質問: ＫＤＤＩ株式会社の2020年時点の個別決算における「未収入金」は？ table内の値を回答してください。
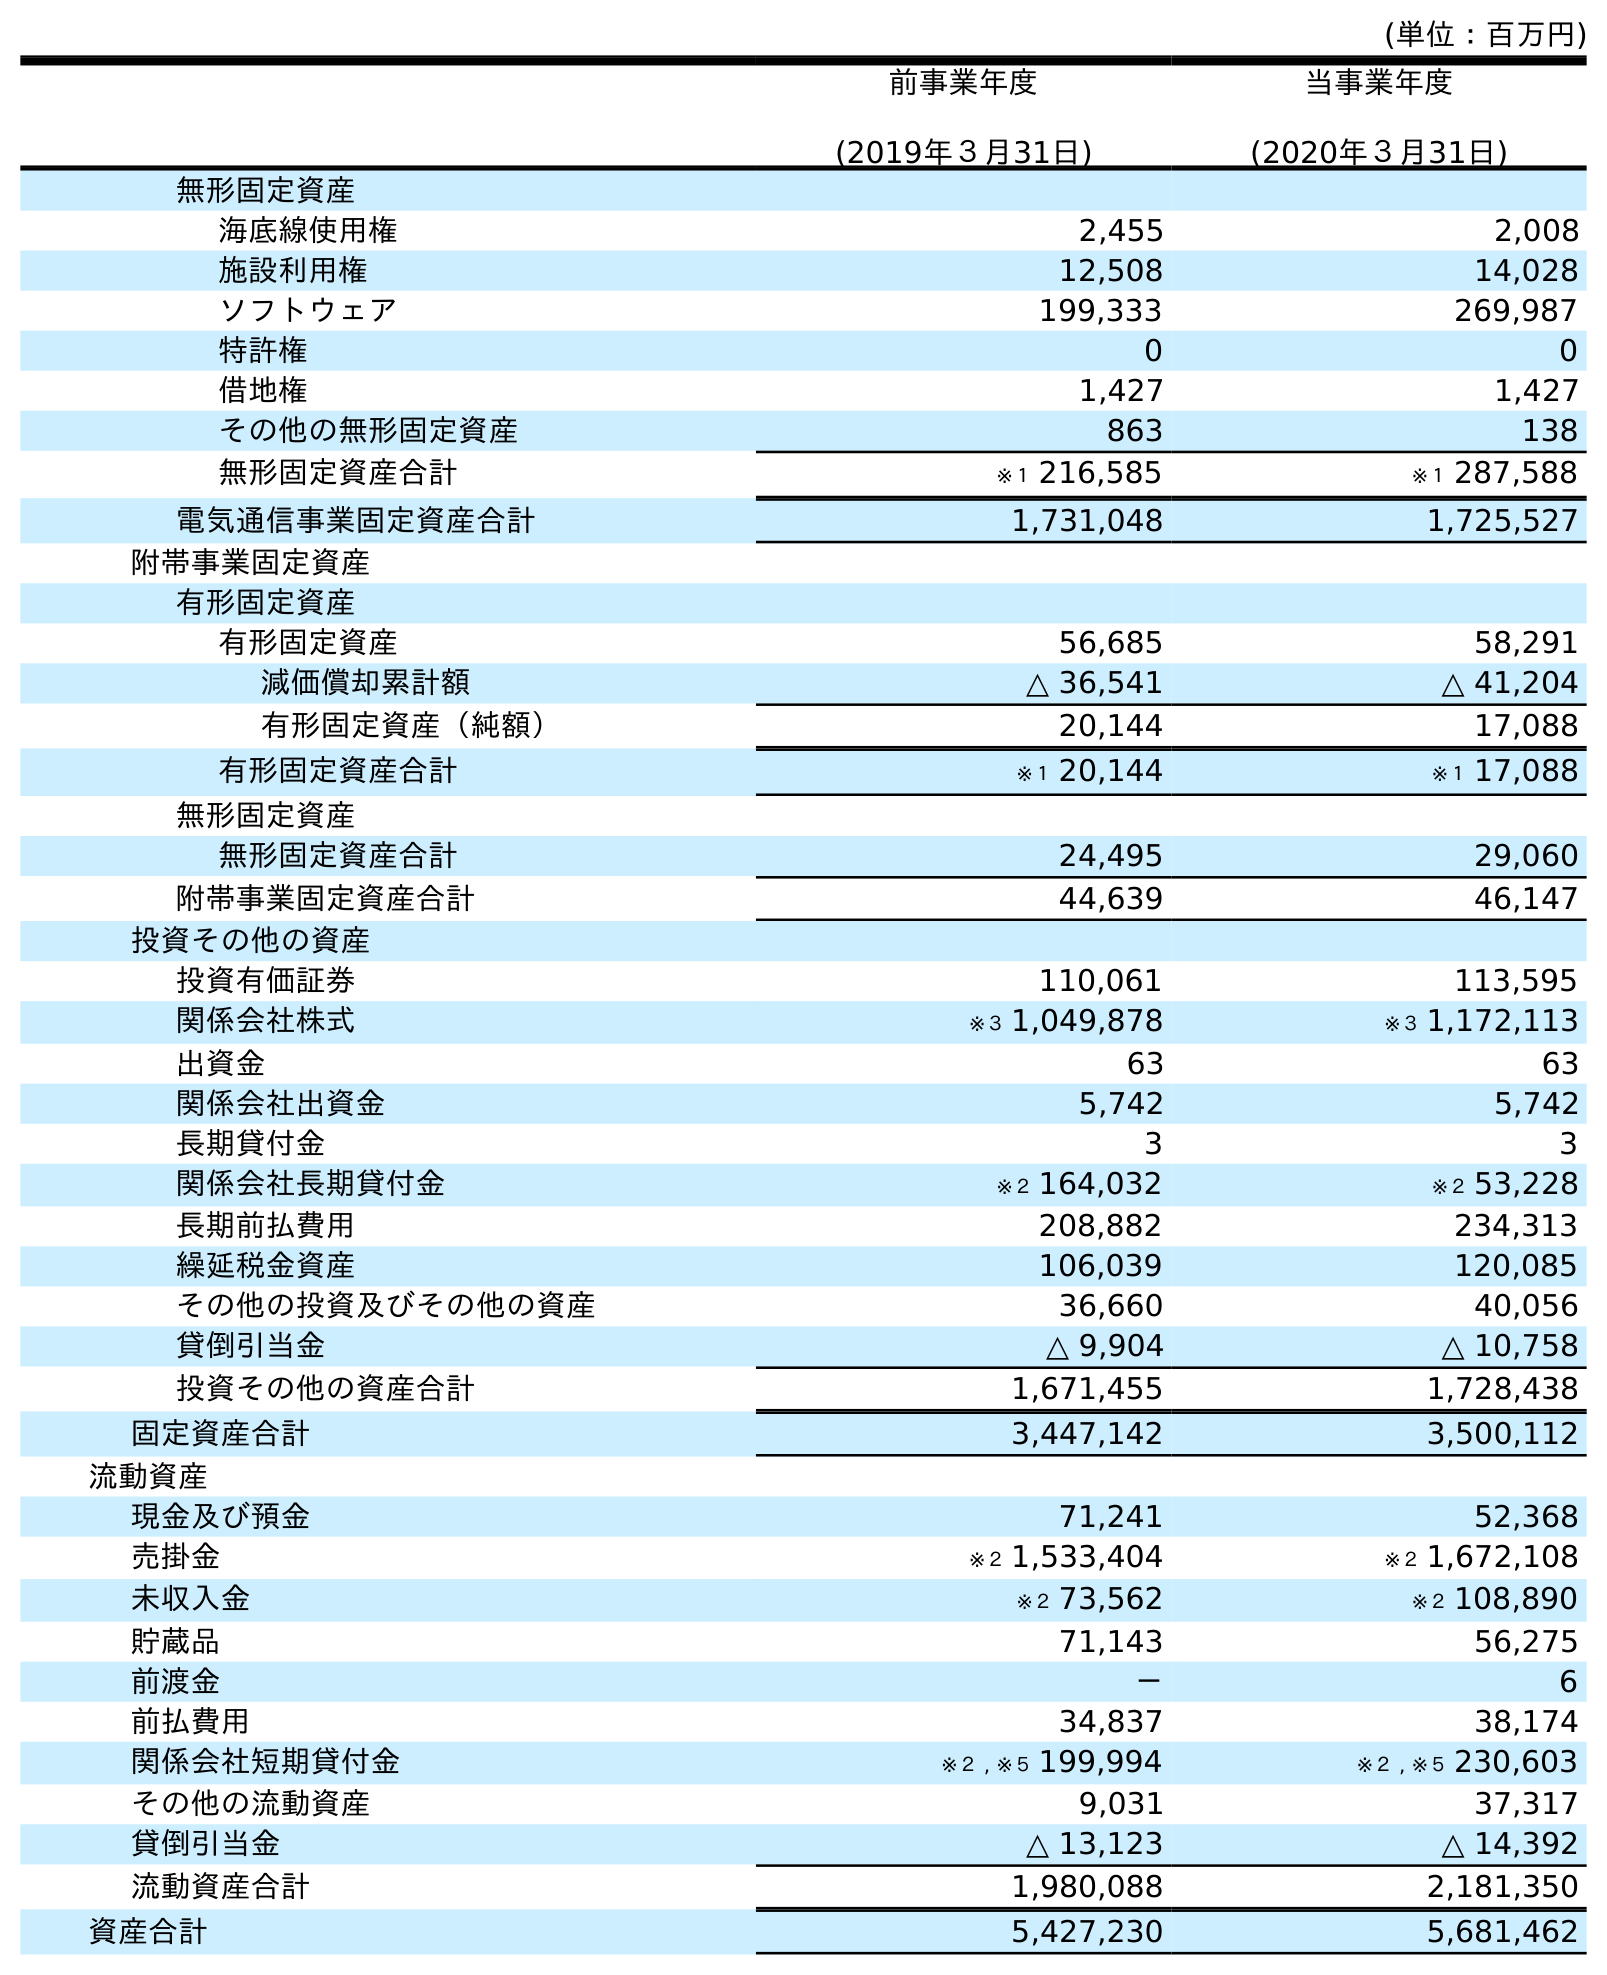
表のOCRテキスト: (単位：百万円) 前事業年度 (2019年３月31日) 当事業年度 (2020年３月31日) 無形固定資産 海底線使用権 2,455 2,008 施設利用権 12,508 14,028 ソフトウェア 199,333 269,987 特許権 0 0 借地権 1,427 1,427 その他の無形固定資産 863 138 無形固定資産合計 ※１ 216,585 ※１ 287,588 電気通信事業固定資産合計 1,731,048 1,725,527 附帯事業固定資産 有形固定資産 有形固定資産 56,685 58,291 減価償却累計額 △ 36,541 △ 41,204 有形固定資産（純額） 20,144 17,088 有形固定資産合計 ※１ 20,144 ※１ 17,088 無形固定資産 無形固定資産合計 24,495 29,060 附帯事業固定資産合計 44,639 46,147 投資その他の資産 投資有価証券 110,061 113,595 関係会社株式 ※３ 1,049,878 ※３ 1,172,113 出資金 63 63 関係会社出資金 5,742 5,742 長期貸付金 3 3 関係会社長期貸付金 ※２ 164,032 ※２ 53,228 長期前払費用 208,882 234,313 繰延税金資産 106,039 120,085 その他の投資及びその他の資産 36,660 40,056 貸倒引当金 △ 9,904 △ 10,758 投資その他の資産合計 1,671,455 1,728,438 固定資産合計 3,447,142 3,500,112 流動資産 現金及び預金 71,241 52,368 売掛金 ※２ 1,533,404 ※２ 1,672,108 未収入金 ※２ 73,562 ※２ 108,890 貯蔵品 71,143 56,275 前渡金 － 6 前払費用 34,837 38,174 関係会社短期貸付金 ※２ , ※５ 199,994 ※２ , ※５ 230,603 その他の流動資産 9,031 37,317 貸倒引当金 △ 13,123 △ 14,392 流動資産合計 1,980,088 2,181,350 資産合計 5,427,230 5,681,462
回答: ※２108,890